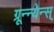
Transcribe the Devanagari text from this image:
ग्रून्न्येन्स्